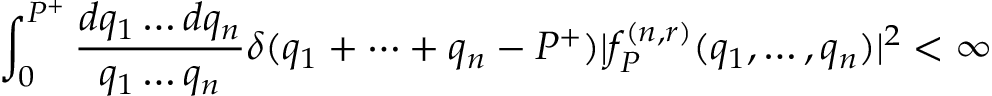
\int _ { 0 } ^ { P ^ { + } } { \frac { d q _ { 1 } \dots d q _ { n } } { q _ { 1 } \dots q _ { n } } } \delta ( q _ { 1 } + \cdots + q _ { n } - P ^ { + } ) | f _ { P } ^ { ( n , r ) } ( q _ { 1 } , \dots , q _ { n } ) | ^ { 2 } < \infty